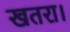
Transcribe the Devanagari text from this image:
खतरा।